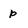
Character: p